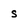
Character: s